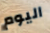
اليوم